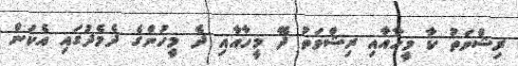
ރިޝްވަތު ކާ މީހާއާއި ރިޝްވަތު ދޭ މީހާއާއި ދެ މީހުންގެ ދެމެދުގައި އެކަން